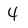
Character: 4